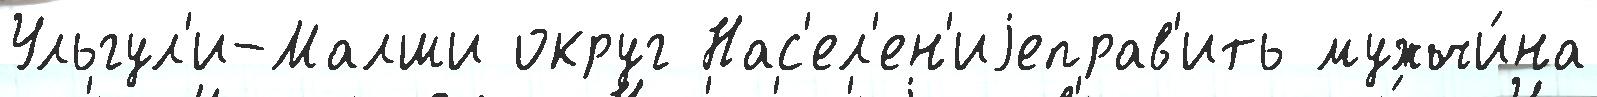
Ульгул'и-Малши округ Нас'ел'ен'иjеправ'ить мужчи́на